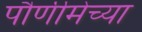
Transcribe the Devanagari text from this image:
पौर्णीमेच्या